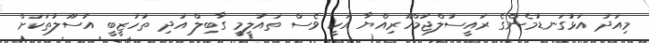
މިއަދު އަޅުގަނޑުމެންގެ ރައީސުލްޖުމްހޫރިއްޔާ އަކީ ވެސް ތައުލީމީ ގާބިލް އަދި ތަހުޒީބީ އުސޫލުތަކަށް